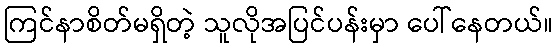
ကြင်နာစိတ်မရှိတဲ့ သူလိုအပြင်ပန်းမှာ ပေါ်နေတယ်။